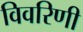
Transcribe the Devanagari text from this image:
विवरिणी